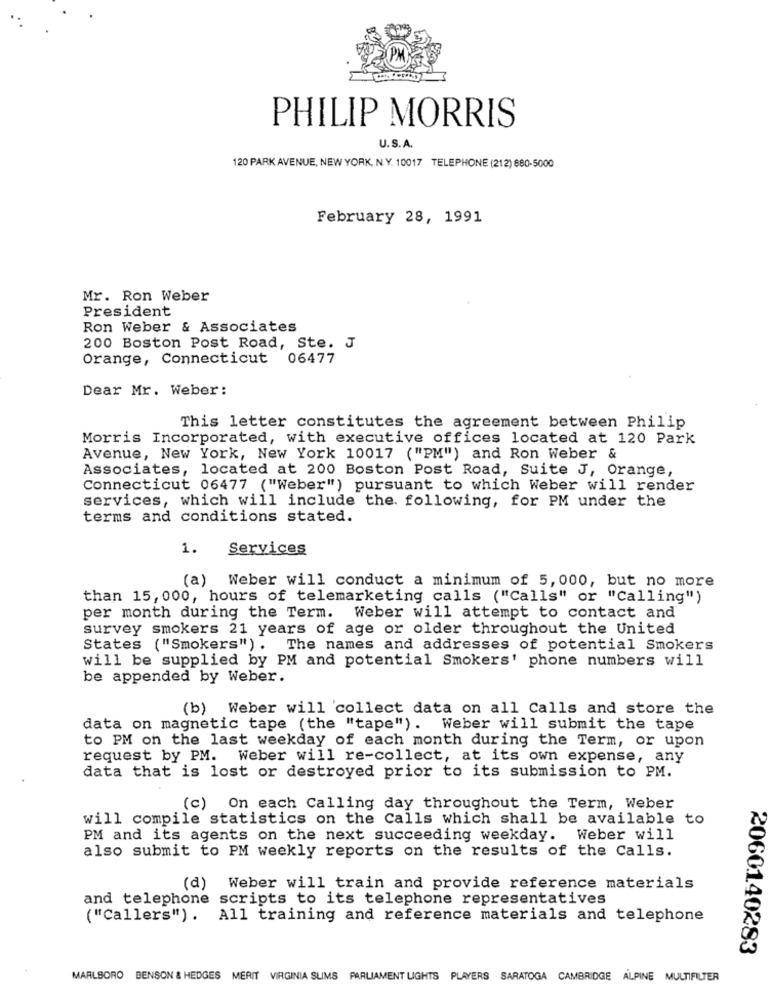
PHILIP MORRIS
U.S.A.
120 PARK AVENUE, NEW YORK, N.Y. 10017 TELEPHONE (212) 880-5000
February 28, 1991
Mr. Ron Weber
President
Ron Weber & Associates
200 Boston Post Road, Ste. J
Orange, Connecticut 06477
Dear Mr. Weber:
This letter constitutes the agreement between Philip
Morris Incorporated, with executive offices located at 120 Park
Avenue, New York, New York 10017 ("PM") and Ron Weber &
Associates, located at 200 Boston Post Road, Suite J, Orange,
Connecticut 06477 ("Weber") pursuant to which Weber will render
services, which will include the. following, for PM under the
terms and conditions stated.
1.
Services
(a) Weber will conduct a minimum of 5, 000, but no more
than 15, 000, hours of telemarketing calls ("Calls" or "Calling")
per month during the Term. Weber will attempt to contact and
survey smokers 21 years of age or older throughout the United
States ("Smokers") . The names and addresses of potential Smokers
will be supplied by PM and potential Smokers' phone numbers will
be appended by Weber.
(b)
Weber will collect data on all Calls and store the
data on magnetic tape (the "tape"). Weber will submit the tape
to PM on the last weekday of each month during the Term, or upon
request by PM. Weber will re-collect, at its own expense, any
data that is lost or destroyed prior to its submission to PM.
(c) On each Calling day throughout the Term, Weber
will compile statistics on the Calls which shall be available to
PM and its agents on the next succeeding weekday. Weber will
also submit to PM weekly reports on the results of the Calls.
(d)
Weber will train and provide reference materials
and telephone scripts to its telephone representatives
("Callers"). All training and reference materials and telephone
2060140283
MARLBORO BENSON & HEDGES MERIT VIRGINIA SLIMS PARLIAMENT LIGHTS PLAYERS SARATOGA CAMBRIDGE ALPINE MULTIFILTER